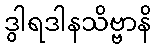
ဒွါရဒါနသိဗ္ဗာနိ